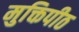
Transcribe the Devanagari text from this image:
मुक्तिपीठ